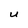
Character: U